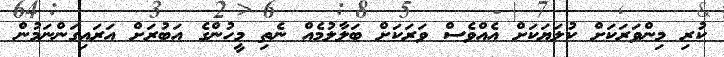
ކުރި މިންވަރަކަށް ކުލަޔަކަށް އެއްވެސް ވަރަކަށް ބަލާލުމެއް ނެތި މީހުންގެ އަބުރަށް އަރައިގަންނަމުން